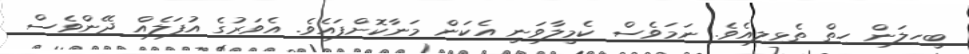
ބީހިލަން ހިތް ތެޅިލިއެވެ. ނަމަވެސް ކެމީލާވަނީ އެކަން މަނާކޮށްފައެވެ. އެވަރުގެ އުފަލެއް ދޭންވެސް